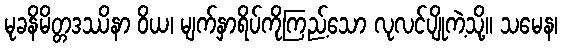
မုခနိမိတ္တဒဿိနာ ဝိယ၊ မျက်နှာရိပ်ကိုကြည့်သော လုလင်ပျိုကဲ့သို့။ သမေန၊